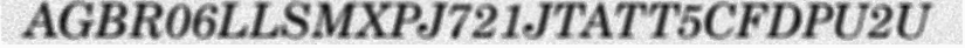
AGBR06LLSMXPJ721JTATT5CFDPU2U